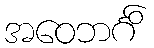
အဝေဘင်္ဂိ